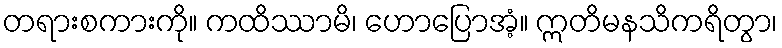
တရားစကားကို။ ကထိဿာမိ၊ ဟောပြောအံ့။ ဣတိမနသိကရိတွာ၊